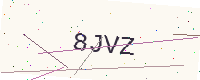
Text: 8JVZ